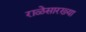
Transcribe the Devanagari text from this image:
राळेसारख्या